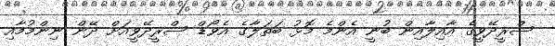
ސްރީދޭވީގެ އާއިލާއިން ބުނީ އެންމެ މޮޅު ބަތަލާގެ އެވޯޑް ސްރީދޭވީއަށް ދޭން ނިންމުމާއި